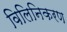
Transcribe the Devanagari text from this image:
विलिनिकरण